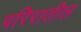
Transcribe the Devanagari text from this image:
परिरातील